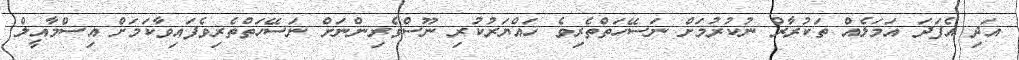
އަދި އެފަދަ އަމަލެއް ތަކުރާރް ނުކުރުމަށް ނަސޭހަތްތެރިވެ ހައްޔަރުކުރި ނޫސްވެރިންނަށް ނަސޭހަތްތެރިވެފައިވާކަމަށް އިސްމާއީލް